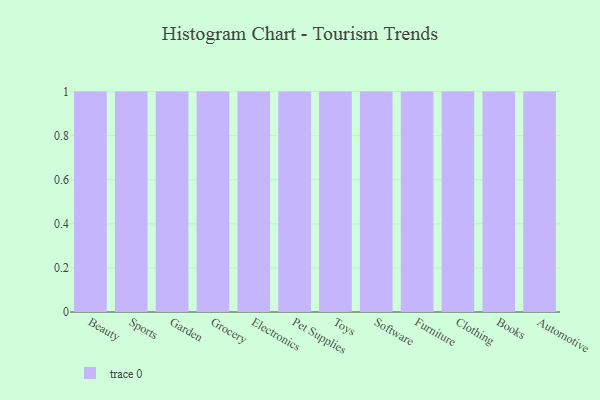
{"axis": {"x": "Category", "y": "Customer Acquisition Cost (USD)"}, "legend": [""], "data": [{"x": "Beauty", "y": 32, "type": ""}, {"x": "Sports", "y": 82, "type": ""}, {"x": "Garden", "y": 58, "type": ""}, {"x": "Grocery", "y": 51, "type": ""}, {"x": "Electronics", "y": 85, "type": ""}, {"x": "Pet Supplies", "y": 81, "type": ""}, {"x": "Toys", "y": 13, "type": ""}, {"x": "Software", "y": 33, "type": ""}, {"x": "Furniture", "y": 97, "type": ""}, {"x": "Clothing", "y": 23, "type": ""}, {"x": "Books", "y": 99, "type": ""}, {"x": "Automotive", "y": 92, "type": ""}]}